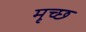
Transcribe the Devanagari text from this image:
मृच्छ